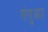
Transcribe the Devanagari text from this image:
गंगुआर